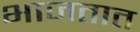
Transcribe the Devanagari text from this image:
भाजतात